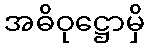
အဓိဝုဋ္ဌောမှိ